Lunatic asylums Central Provinces reports 1886-1894 - 1886-1894
Year: 1886
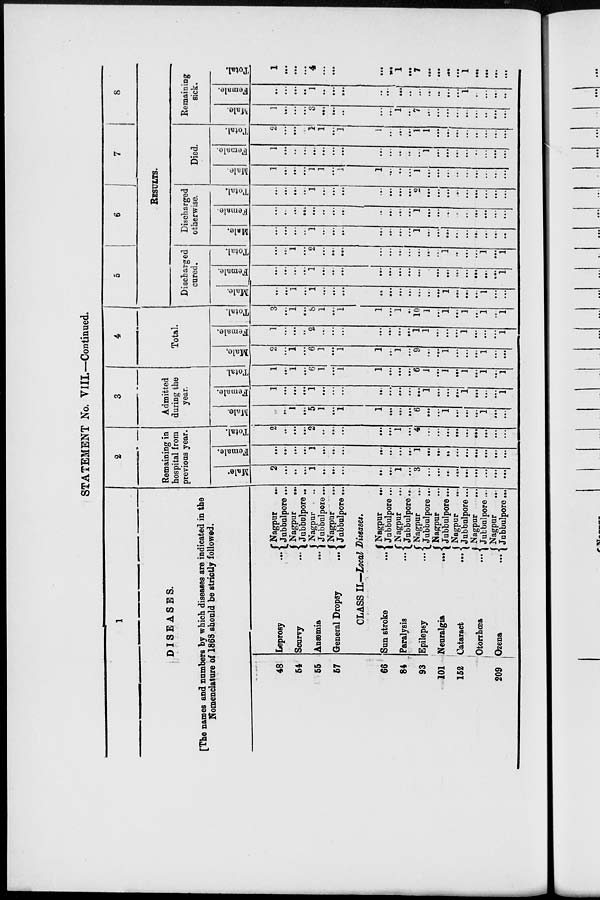
STATEMENT No. VIII.—Continued.
1
DISEASES.
[The names and numbers by which diseases are indicated in the
Nomenclature of 1868 should be strictly followed.
48
54
55
57
66
84
93
101
152
209
Leprosy
...
Scurvy
...
Anæmia
...
General Dropsy
...
Nagpur
...
Jubbulpore ...
Nagpur
...
Jubbulpore ...
Nagpur ...
Jubbulpore ...
Nagpur ...
Jubbulpore ...
CLASS II.—Local Diseases.
Sun stroke
...
Paralysis ...
Epilepsy ...
Neuralgia ...
Cataract
...
Otorrhœa ...
Ozena ...
Nagpur
...
Jubbulpore ...
Nagpur ...
Jubbulpore ...
Nagpur
...
Jubbulpore ...
Nagpur ...
Jubbulpore ...
Nagpur ...
Jubbulpore ...
Nagpur ...
Jubbulpore ...
Nagpur ...
Jubbulpore...
2
Remaining in
hospital from
previous year.
Male.
2
...
...
...
1
....
...
...
...
...
1
...
3
...
...
...
...
...
...
...
...
...
Female.
...
...
...
...
1
...
...
...
...
...
...
...
1
...
...
...
...
...
...
...
...
...
Total.
2
...
...
...
2
...
...
...
...
...
1
...
4
...
...
...
...
...
...
...
...
...
3
Admitted
during the
year.
Male.
...
...
1
...
5
1
...
1
1
...
...
...
6
...
...
1
...
...
...
1
...
...
Female.
1
...
...
...
1
...
...
...
...
...
...
...
...
1
...
...
...
1
...
...
...
1
Total.
1
...
1
...
6
1
...
1
1
...
...
...
6
I
...
1
...
1
...
1
...
1
4
Total.
Male.
2
...
1
...
6
1
...
1
1
...
1
...
9
...
...
1
...
...
...
1
...
...
Female.
1
...
...
...
2
...
...
...
...
...
...
...
1
1
...
...
...
1
...
...
...
1
Total.
3
...
1
...
8
1
...
1
1
...
1
...
10
1
...
1
...
1
...
1
...
1
5
6
7
8
RESULTS.
Discharged
cured.
Male.
...
...
1
...
1
...
...
...
...
...
...
...
...
...
...
1
...
...
...
1
...
...
Female.
...
...
...
...
1
...
...
...
...
...
...
...
...
...
...
...
...
...
...
...
...
1
Total.
...
...
1
...
2
...
...
...
...
...
...
...
...
...
...
1
...
...
...
1
...
1
Discharged
otherwise.
Male.
...
...
...
...
1
...
...
...
...
...
...
...
1
...
...
...
...
...
...
...
...
...
Female.
...
...
...
...
...
...
...
...
...
...
...
...
1
...
...
...
...
...
...
...
...
...
Total.
...
...
...
...
1
...
...
...
...
...
...
...
2
...
...
...
...
...
...
...
...
...
Died.
Male.
1
...
...
...
1
1
...
1
1
...
...
...
1
...
...
...
...
...
...
...
...
...
Female.
1
...
...
...
...
...
...
...
...
...
...
...
...
1
...
...
...
...
...
...
...
...
Total.
2
...
...
...
1
1
...
1
1
...
...
...
1
1
...
...
...
...
...
...
...
...
Remaining
sick.
Male.
1
...
...
...
3
...
...
....
...
...
1
...
7
...
...
...
...
...
...
...
...
...
Female.
...
...
...
...
1
...
...
...
...
...
...
...
...
...
...
...
...
1
...
...
...
...
Total.
1
...
...
...
4
...
...
...
...
...
1
...
7
...
...
...
...
1
...
...
...
...